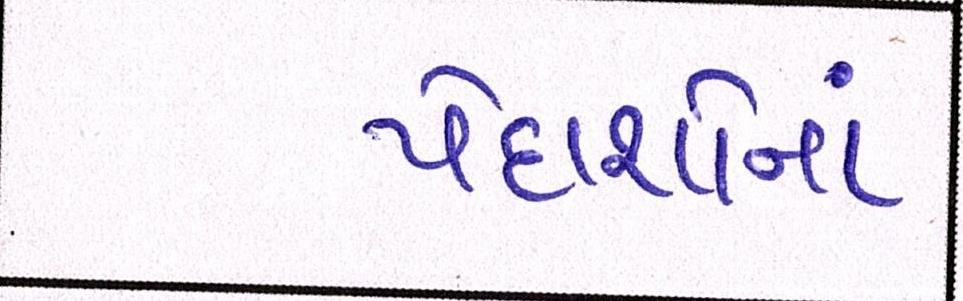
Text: પેદાશોનાં